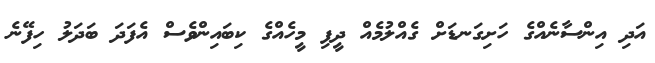
އަދި އިންސާނެއްގެ ހަށިގަނޑަށް ގެއްލުމެއް ދީފި މީހެއްގެ ކިބައިންވެސް އެފަދަ ބަދަލު ހިފޭނެ